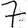
Digit: 7